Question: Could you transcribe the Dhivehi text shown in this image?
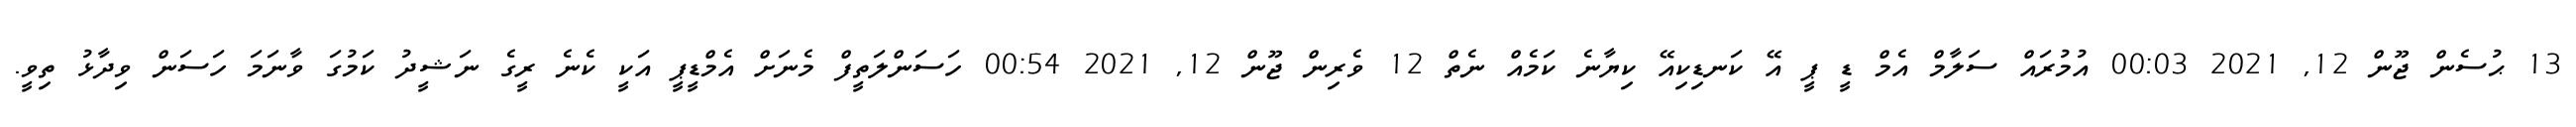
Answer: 13 ޙުސެން ޖޫން 12, 2021 00:03 އުމުރައް ސަލާމް އެމް ޑީ ޕީ އޭ ކަނޑިކިއޭ ކިޔާނެ ކަމެއް ނެތް 12 ވެރިން ޖޫން 12, 2021 00:54 ހަސަންލަތީފް މެނަށް އެމްޑީޕީ އަކީ ކެނެ ރީގެ ނަޝީދު ކަމުގަ ވާނަމަ ހަސަން ވިދާޅު ތިވީ.